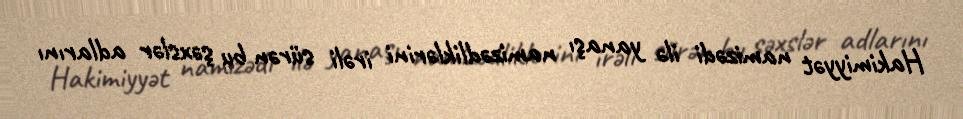
Hakimiyyət namizədi ilə yanaşı namizədliklərini irəli sürən bu şəxslər adlarını